Civil Veterinary Dept. Bombay admin report 1914-1922 - 1914-1922
Year: 1914
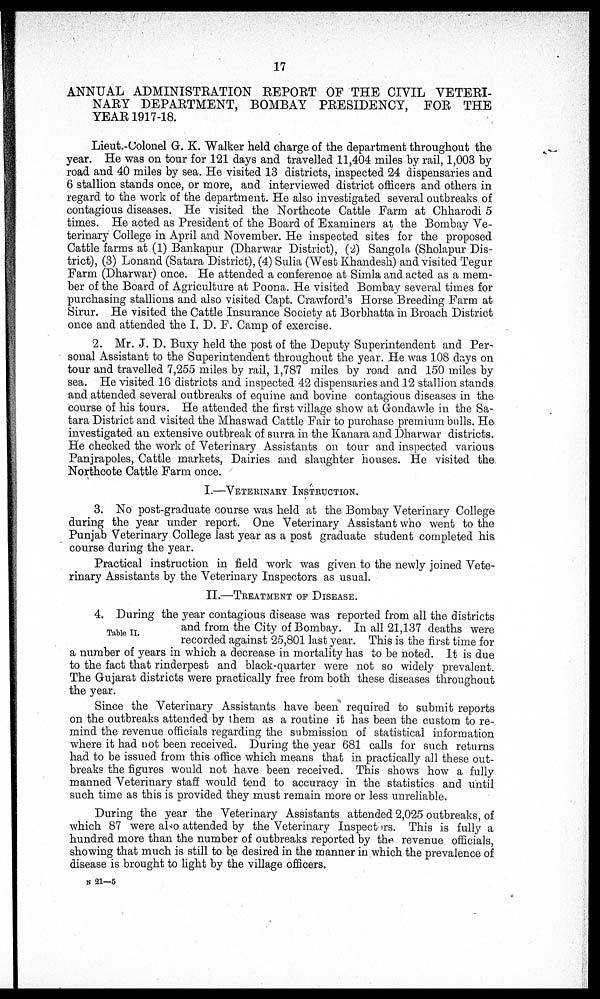
17
ANNUAL ADMINISTRATION REPORT OF THE CIVIL VETERI-
NARY DEPARTMENT, BOMBAY PRESIDENCY, FOR THE
YEAR 1917-18.
Lieut.-Colonel G. K. Walker held charge of the department throughout the
year. He was on tour for 121 days and travelled 11,404 miles by rail, 1,003 by
road and 40 miles by sea. He visited 13 districts, inspected 24 dispensaries and
6 stallion stands once, or more, and interviewed district officers and others in
regard to the work of the department. He also investigated several outbreaks of
contagious diseases. He visited the Northcote Cattle Farm at Chharodi 5
times. He acted as President of the Board of Examiners at the Bombay Ve-
terinary College in April and November. He inspected sites for the proposed
Cattle farms at (1) Bankapur (Dharwar District), (2) Sangola (Sholapur Dis-
trict), (3) Lonand (Satara District), (4) Sulia (West Khandesh) and visited Tegur
Farm (Dharwar) once. He attended a conference at Simla and acted as a mem-
ber of the Board of Agriculture at Poona. He visited Bombay several times for
purchasing stallions and also visited Capt. Crawford's Horse Breeding Farm at
Sirur. He visited the Cattle Insurance Society at Borbhatta in Broach District
once and attended the I. D. F. Camp of exercise.
2. Mr. J. D. Buxy held the post of the Deputy Superintendent and Per-
sonal Assistant to the Superintendent throughout the year. He was 108 days on
tour and travelled 7,255 miles by rail, 1,787 miles by road and 150 miles by
sea. He visited 16 districts and inspected 42 dispensaries and 12 stallion stands.
and attended several outbreaks of equine and bovine contagious diseases in the-
course of his tours. He attended the first village show at Gondawle in the Sa-
tara District and visited the Mhaswad Cattle Fair to purchase premium bulls. He-
investigated an extensive outbreak of surra in the Kanara and Dharwar districts.
He checked the work of Veterinary Assistants on tour and inspected various
Panjrapoles, Cattle markets, Dairies and slaughter houses. He visited the
Northcote Cattle Farm once.
I.—VETERINARY INSTRUCTION.
3. No post-graduate course was held at the Bombay Veterinary College
during the year under report. One Veterinary Assistant who went to the
Punjab Veterinary College last year as a post graduate student completed his
course during the year.
Practical instruction in field work was given to the newly joined Vete-
rinary Assistants by the Veterinary Inspectors as usual.
II.—TREATMENT OF DISEASE.
Table II.
4. During the year contagious disease was reported from all the districts
and from the City of Bombay. In all 21,137 deaths were
recorded against 25,801 last year. This is the first time for
a number of years in which a decrease in mortality has to be noted. It is due
to the fact that rinderpest and black-quarter were not so widely prevalent.
The Gujarat districts were practically free from both these diseases throughout
the year.
Since the Veterinary Assistants have been required to submit reports
on the outbreaks attended by them as a routine it has been the custom to re-
mind the revenue officials regarding the submission of statistical information
where it had not been received. During the year 681 calls for such returns
had to be issued from this office which means that in practically all these out-
breaks the figures would not have been received. This shows how a fully
manned Veterinary staff would tend to accuracy in the statistics and until
such time as this is provided they must remain more or less unreliable.
During the year the Veterinary Assistants attended 2,025 outbreaks, of
which 87 were also attended by the Veterinary Inspectors. This is fully a
hundred more than the number of outbreaks reported by the revenue officials,
showing that much is still to be desired in the manner in which the prevalence of
disease is brought to light by the village officers.
N 21—5